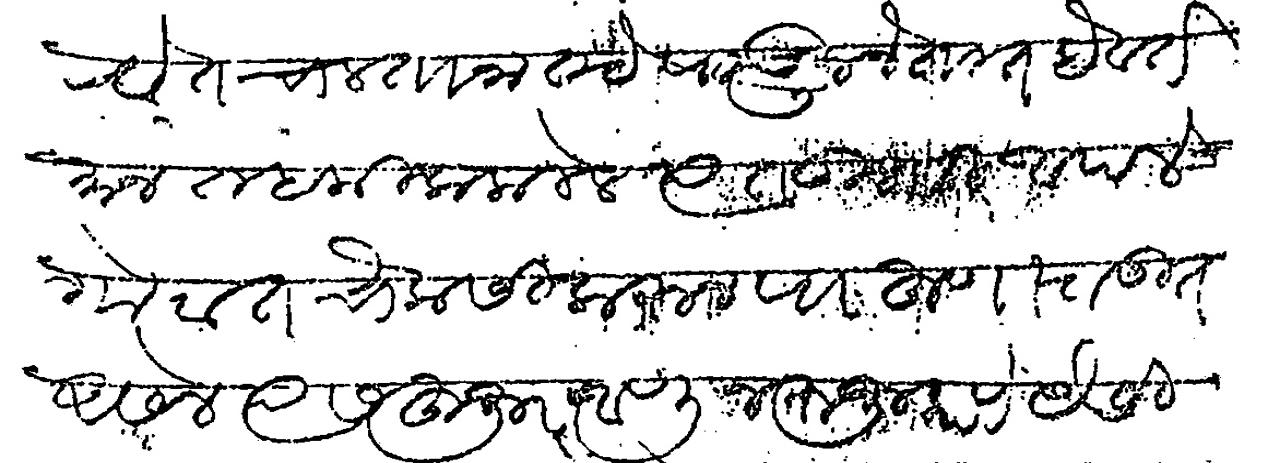
Transliteration (Devanagari): रयेत चालताना तटे पडून (लुटून) नेतात हे वर्तमान तहकीक कलले त्यात तुम्ही आपले गोटात चौकसी करून पाहुणा राऊत असेल त्यास आज्ञे प्राो चौकसी करून पाहुणा